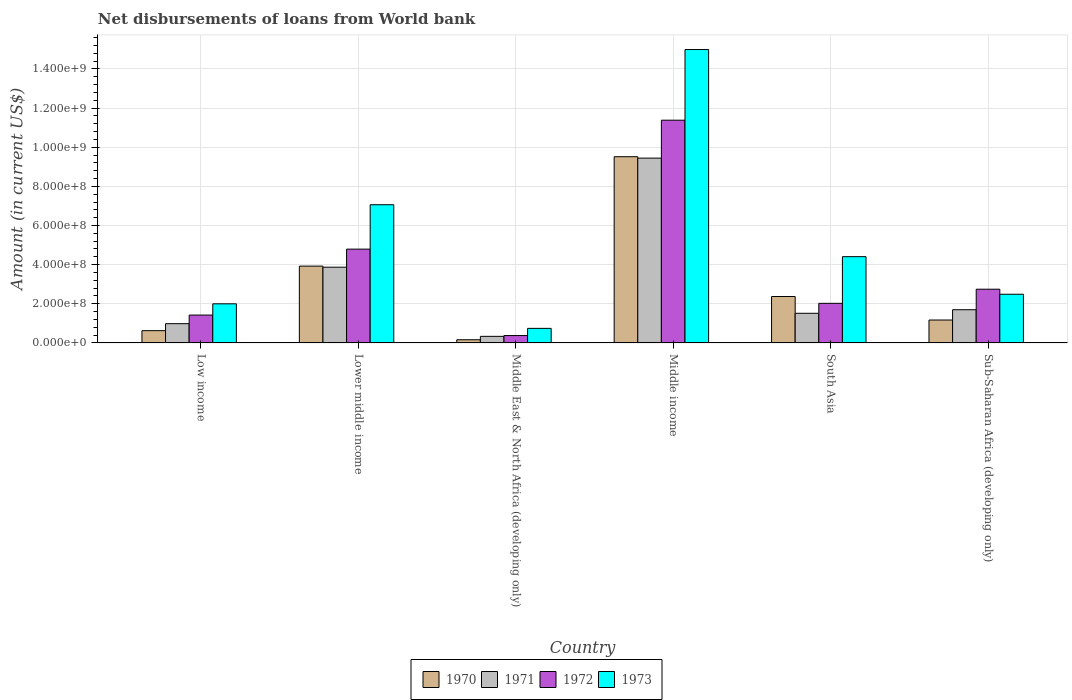
| Country | 1970 | 1971 | 1972 | 1973 |
 | --- | --- | --- | --- | --- |
 | Low income | 6.27e+07 | 9.85e+07 | 1.42e+08 | 2e+08 |
 | Lower middle income | 3.92e+08 | 3.87e+08 | 4.79e+08 | 7.06e+08 |
 | Middle East & North Africa (developing only) | 1.64e+07 | 3.37e+07 | 3.77e+07 | 7.45e+07 |
 | Middle income | 9.51e+08 | 9.44e+08 | 1.14e+09 | 1.5e+09 |
 | South Asia | 2.37e+08 | 1.51e+08 | 2.02e+08 | 4.41e+08 |
 | Sub-Saharan Africa (developing only) | 1.17e+08 | 1.7e+08 | 2.74e+08 | 2.49e+08 |